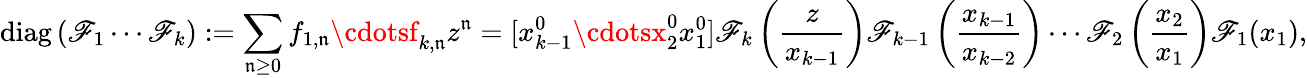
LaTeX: \operatorname{diag}\left(\mathscr{F}_{1}\cdots\mathscr{F}_{k}\right):=\sum_{\mathfrak{n}\geq0}f_{1,\mathfrak{n}}\cdotsf_{k,\mathfrak{n}}z^{\mathfrak{n}}=[x_{k-1}^{0}\cdotsx_{2}^{0}x_{1}^{0}]\mathscr{F}_{k}\left({\frac{{z}}{{x_{k-1}}}}\right)\mathscr{F}_{k-1}\left({\frac{{x_{k-1}}}{{x_{k-2}}}}\right)\cdots\mathscr{F}_{2}\left({\frac{{x_{2}}}{{x_{1}}}}\right)\mathscr{F}_{1}(x_{1}),